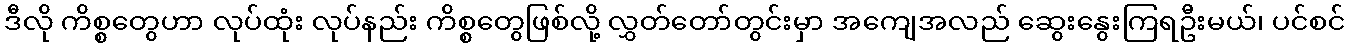
ဒီလို ကိစ္စတွေဟာ လုပ်ထုံး လုပ်နည်း ကိစ္စတွေဖြစ်လို့ လွှတ်တော်တွင်းမှာ အကျေအလည် ဆွေးနွေးကြရဦးမယ်၊ ပင်စင်